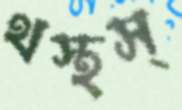
থস্‌থস্‌